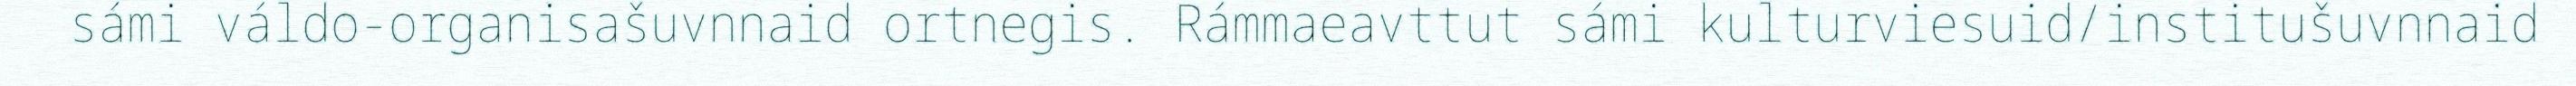
sámi váldo-organisašuvnnaid ortnegis. Rámmaeavttut sámi kulturviesuid/institušuvnnaid